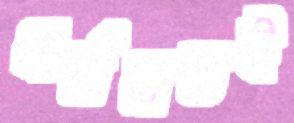
ধর্মমতই